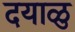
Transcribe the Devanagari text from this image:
दयाळु